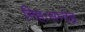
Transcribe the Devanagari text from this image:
निहःसन्देह